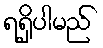
ရရှိပါမည်